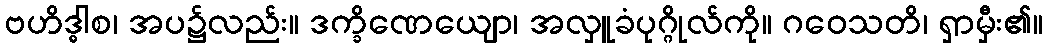
ဗဟိဒ္ဓါစ၊ အပ၌လည်း။ ဒက္ခိဏေယျော၊ အလှူခံပုဂ္ဂိုလ်ကို။ ဂဝေသတိ၊ ရှာမှီး၏။